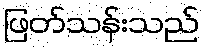
ဖြတ်သန်းသည်